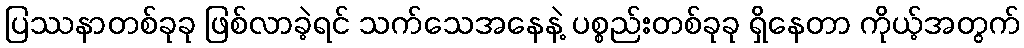
ပြဿနာတစ်ခုခု ဖြစ်လာခဲ့ရင် သက်သေအနေနဲ့ ပစ္စည်းတစ်ခုခု ရှိနေတာ ကိုယ့်အတွက်